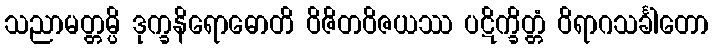
သညာမတ္တမ္ပိ ဒုက္ခနိရောဓောတိ ဝိဇိတဝိဇယဿ ပဋိက္ခိတ္တံ ဝိရာဂသင်္ခါတော